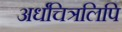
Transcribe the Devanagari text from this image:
अर्धचित्रलिपि